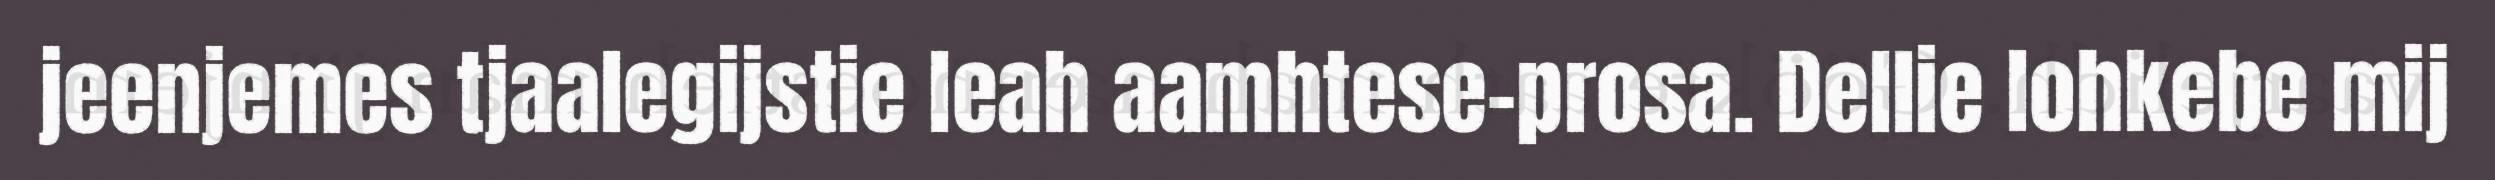
jeenjemes tjaalegijstie leah aamhtese-prosa. Dellie lohkebe mij